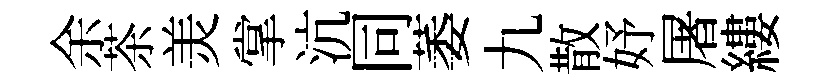
余茶羙掌沆同萎九散妤屠縷